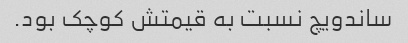
ساندویچ نسبت به قیمتش کوچک بود.